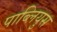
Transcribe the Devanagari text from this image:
पाब्लियुस